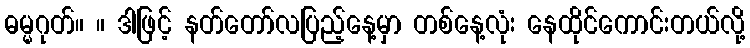
ဓမ္မဂုတ်။ ။ ဒါဖြင့် နတ်တော်လပြည့်နေ့မှာ တစ်နေ့လုံး နေထိုင်ကောင်းတယ်လို့